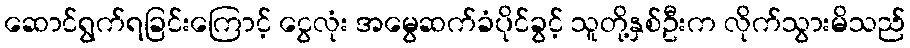
ဆောင်ရွက်ရခြင်းကြောင့် ငွေလုံး အမွေဆက်ခံပိုင်ခွင့် သူတို့နှစ်ဦးက လိုက်သွားမိသည်